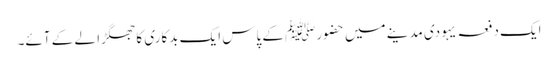
ایک دفعہ یہودی مدینے میں حضورﷺ کے پاس ایک بدکاری کا جھگڑا لے کے آئے۔